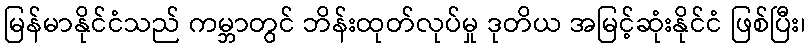
မြန်မာနိုင်ငံသည် ကမ္ဘာတွင် ဘိန်းထုတ်လုပ်မှု ဒုတိယ အမြင့်ဆုံးနိုင်ငံ ဖြစ်ပြီး၊